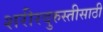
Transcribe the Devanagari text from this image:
शरीरदुरुस्तीसाठी